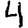
Digit: 4